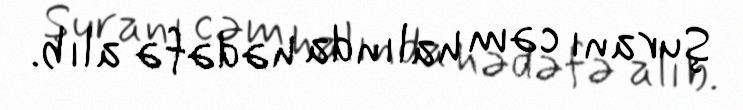
Şuranı cəm halında hədəfə alıb.